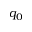
q _ { 0 }